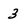
Character: 3